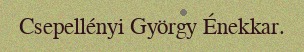
Csepellényi György Énekkar.